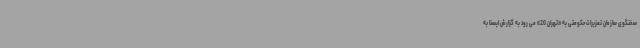
سخنگوی سازمان تعزیرات حکومتی به «تهران 20» می رود به گزارش ایسنا به